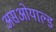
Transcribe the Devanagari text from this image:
असओयाल्ड